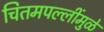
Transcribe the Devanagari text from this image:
चितमपल्लींमुळे